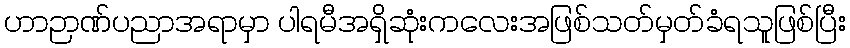
ဟာဉာဏ်ပညာအရာမှာ ပါရမီအရှိဆုံးကလေးအဖြစ်သတ်မှတ်ခံရသူဖြစ်ပြီး